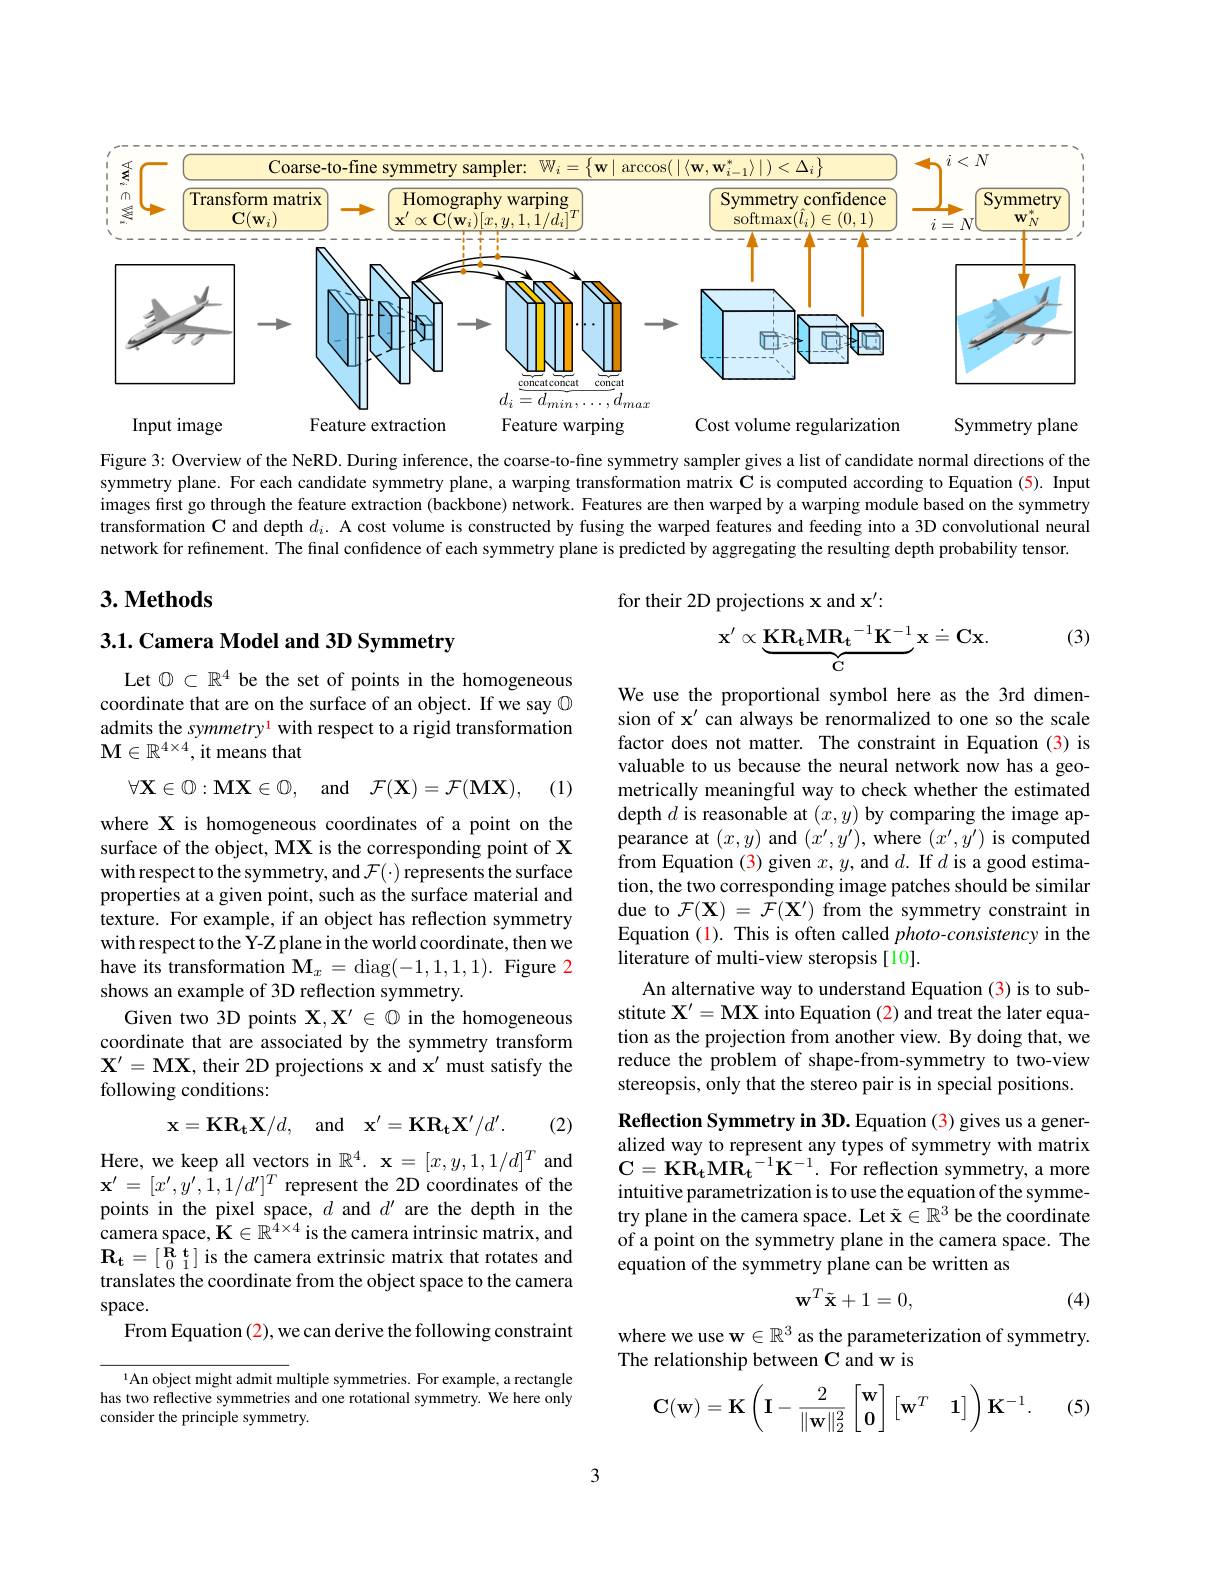
<FigureHere>

Figure 3: Overview of the NeRD. During inference, the coarse-to-fine symmetry sampler gives a list of candidate normal directions of the symmetry plane. For each candidate symmetry plane, a warping transformation matrix $\mathbf{C}$ is computed according to Equation (5). Input images first go through the feature extraction (backbone) network. Features are then warped by a warping module based on the symmetry transformation $\mathbf{C}$ and depth $d_i.$ A cost volume is constructed by fusing the warped features and feeding into a 3D convolutional neural network for refinement. The final confidence of each symmetry plane is predicted by aggregating the resulting depth probability tensor.

## $3. \textbf{Methods}$

for their 2D projections x and $\mathbf{x}^{\prime}:$
$$\mathrm{x^{\prime}\propto\underbrace{KR_tMR_t^{-1}K^{-1}}_{C}x\stackrel{.}{=}Cx.}$$
(3)

3.1. Camera Model and 3D Symmetry

Let $\emptyset\subset\mathbb{R}^4$ be the set of points in the homogeneous coordinate that are on the surface of an object. If we say $\textcircled{}$ admits the symmetry$^{1}$ with respect to a rigid transformation $\mathbf{M}\in\mathbb{R}^{4\times4}$,it means that
$$\forall\mathbf{X}\in\mathbb{O}:\mathbf{MX}\in\mathbb{O},\quad\mathrm{and}\quad\mathcal{F}(\mathbf{X})=\mathcal{F}(\mathbf{MX}),$$
(1)

We use the proportional symbol here as the 3rd dimension of $\mathbf{x}^{\prime}$ can always be renormalized to one so the scale factor does not matter. The constraint in Equation (3) is valuable to us because the neural network now has a geometrically meaningful way to check whether the estimated depth $d$ is reasonable at $(x,y)$ by comparing the image appearance at $(x,y)$ and $(x^\prime,y^{\prime})$, where $(x^\prime,y^{\prime})$ is computed from Equation (3) given $x,y$, and $d.$ If $d$ is a good estimation, the two corresponding image patches should be similar due to $\mathcal{F}(\mathbf{X})=\mathcal{F}(\mathbf{X}^{\prime})$ from the symmetry constraint in Equation (1). This is often called $photo-consistency$ in the literature of multi-view steropsis[10].
An alternative way to understand Equation (3) is to substitute $\mathbf{X}^\prime=\mathbf{M}\mathbf{X}$ into Equation (2) and treat the later equation as the projection from another view. By doing that, we reduce the problem of shape-from-symmetry to two-view stereopsis, only that the stereo pair is in special positions.

where X is homogeneous coordinates of a point on the surface of the object, MX is the corresponding point of X with respect to the symmetry, and $\mathcal{F}(\cdot)$ represents the surface properties at a given point, such as the surface material and texture. For example, if an object has reflection symmetry with respect to the Y-Z plane in the world coordinate, then we have its transformation $\mathbf{M}_x=$diag(-1,1,1,1). Figure 2 shows an example of 3D reflection symmetry.
Given two 3D points $\mathbf{X},\mathbf{X}^{\prime}\in\mathbb{Q}$ in the homogeneous coordinate that are associated by the symmetry transform $\mathbf{X}^{\prime}=\mathbf{M}\mathbf{X}$, their 2D projections $\mathbf{x}$ and $\mathbf{x}^\prime$ must satisfy the following conditions:
$$\mathbf{x}=\mathbf{KR_tX}/d,\quad\mathrm{and}\quad\mathbf{x}'=\mathbf{KR_tX}'/d'.$$
(2)

Reflection Symmetry in 3D. Equation (3) gives us a generalized way to represent any types of symmetry with matrix $\mathbf{C}=\mathbf{KR_{t}MR_{t}}^{-1}\mathbf{K}^{-1}.$ For reflection symmetry, a more intuitive parametrization is to use the equation of the symmetry plane in the camera space. Let $\tilde{\mathbf{x}}\in\mathbb{R}^3$ be the coordinate of a point on the symmetry plane in the camera space. The equation of the symmetry plane can be written as

Here, we keep all vectors in $\mathbb{R} ^4. \textbf{x}= [ x, y, 1, 1/ d] ^T$ and $\mathbf{x}^{\prime}=[x^{\prime},y^{\prime},1,1/d^{\prime}]^{T}{\mathrm{~represent~the~2D~coordinates~of~the}}$ points in the pixel space, $d$ and $d^\prime$ are the depth in the $\hat{\text{camera space, }}\hat{\mathbf{K}}\in\mathbb{R}^{4\times4}$ is the camera intrinsic matrix, and $\mathbf{R_t}=[\begin{smallmatrix}\mathbf{R}&\mathbf{t}\\0&1\end{smallmatrix}]$ is the camera extrinsic matrix that rotates and translates the coordinate from the object space to the camera space.
From Equation (2), we can derive the following constraint
$$\mathbf{w}^T\tilde{\mathbf{x}}+1=0,$$
(4)

where we use w$\in\mathbb{R}^3$ as the parameterization of symmetry.
The relationship between C and w is

1An object might admit multiple symmetries. For example, a rectangle has two reflective symmetries and one rotational symmetry. We here only consider the principle symmetry.

(5)
$$\mathbf{C}(\mathbf{w})=\mathbf{K}\left(\mathbf{I}-\frac{2}{\|\mathbf{w}\|_2^2}\begin{bmatrix}\mathbf{w}\\\mathbf{0}\end{bmatrix}\begin{bmatrix}\mathbf{w}^T&\mathbf{1}\end{bmatrix}\right)\mathbf{K}^{-1}.$$
3